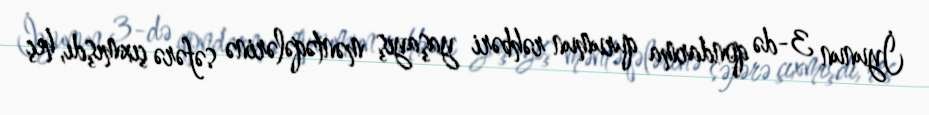
İyunun 3-də qondarma qurumun rəhbəri yaşayış məntəqələrinə səfərə çıxmışdı, heç